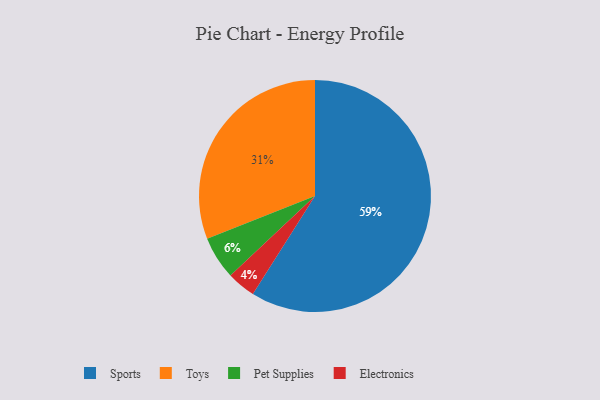
{"axis": {"x": "Category", "y": "Percentage"}, "legend": ["Electronics", "Pet Supplies", "Sports", "Toys"], "data": [{"x": "Pet Supplies", "y": 6, "type": "Pet Supplies"}, {"x": "Toys", "y": 31, "type": "Toys"}, {"x": "Electronics", "y": 4, "type": "Electronics"}, {"x": "Sports", "y": 59, "type": "Sports"}]}